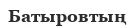
Батыровтың